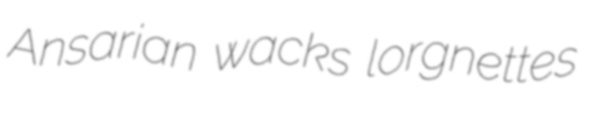
Ansarian wacks lorgnettes